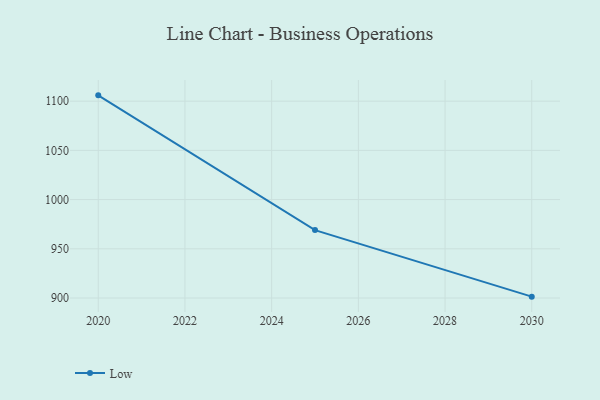
{"axis": {"x": "Year", "y": "Humidity (%)"}, "legend": ["Low"], "data": [{"x": "2020", "y": 1105.9, "type": "Low"}, {"x": "2025", "y": 969.0, "type": "Low"}, {"x": "2030", "y": 901.4, "type": "Low"}]}